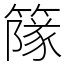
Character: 䉌